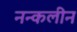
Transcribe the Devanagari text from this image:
नन्कलीन